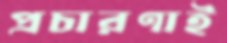
প্রচারণাই